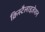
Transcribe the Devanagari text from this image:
क्रिस्टैलाइज़ेशन